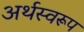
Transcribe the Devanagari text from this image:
अर्थस्वरूप